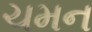
ચમન